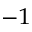
^ { - 1 }